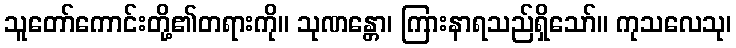
သူတော်ကောင်းတို့၏တရားကို။ သုဏန္တော၊ ကြားနာရသည်ရှိသော်။ ကုသလေသု၊